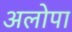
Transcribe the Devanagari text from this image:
अलोपा